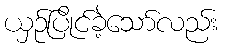
ယှဉ်ပြိုင်ခဲ့သော်လည်း